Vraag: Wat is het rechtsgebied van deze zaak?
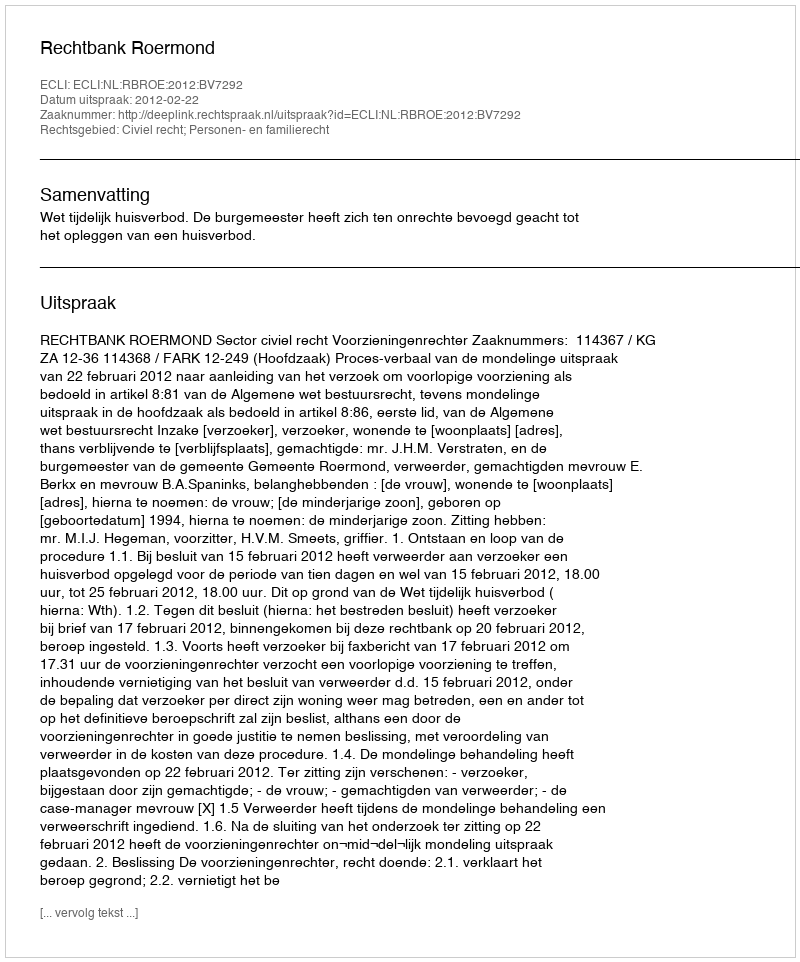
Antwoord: Civiel recht; Personen- en familierecht